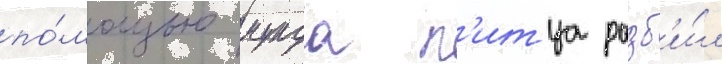
по́мощью мунда п'итца разб'и́л